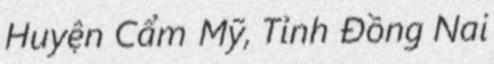
Huyện Cẩm Mỹ, Tỉnh Đồng Nai